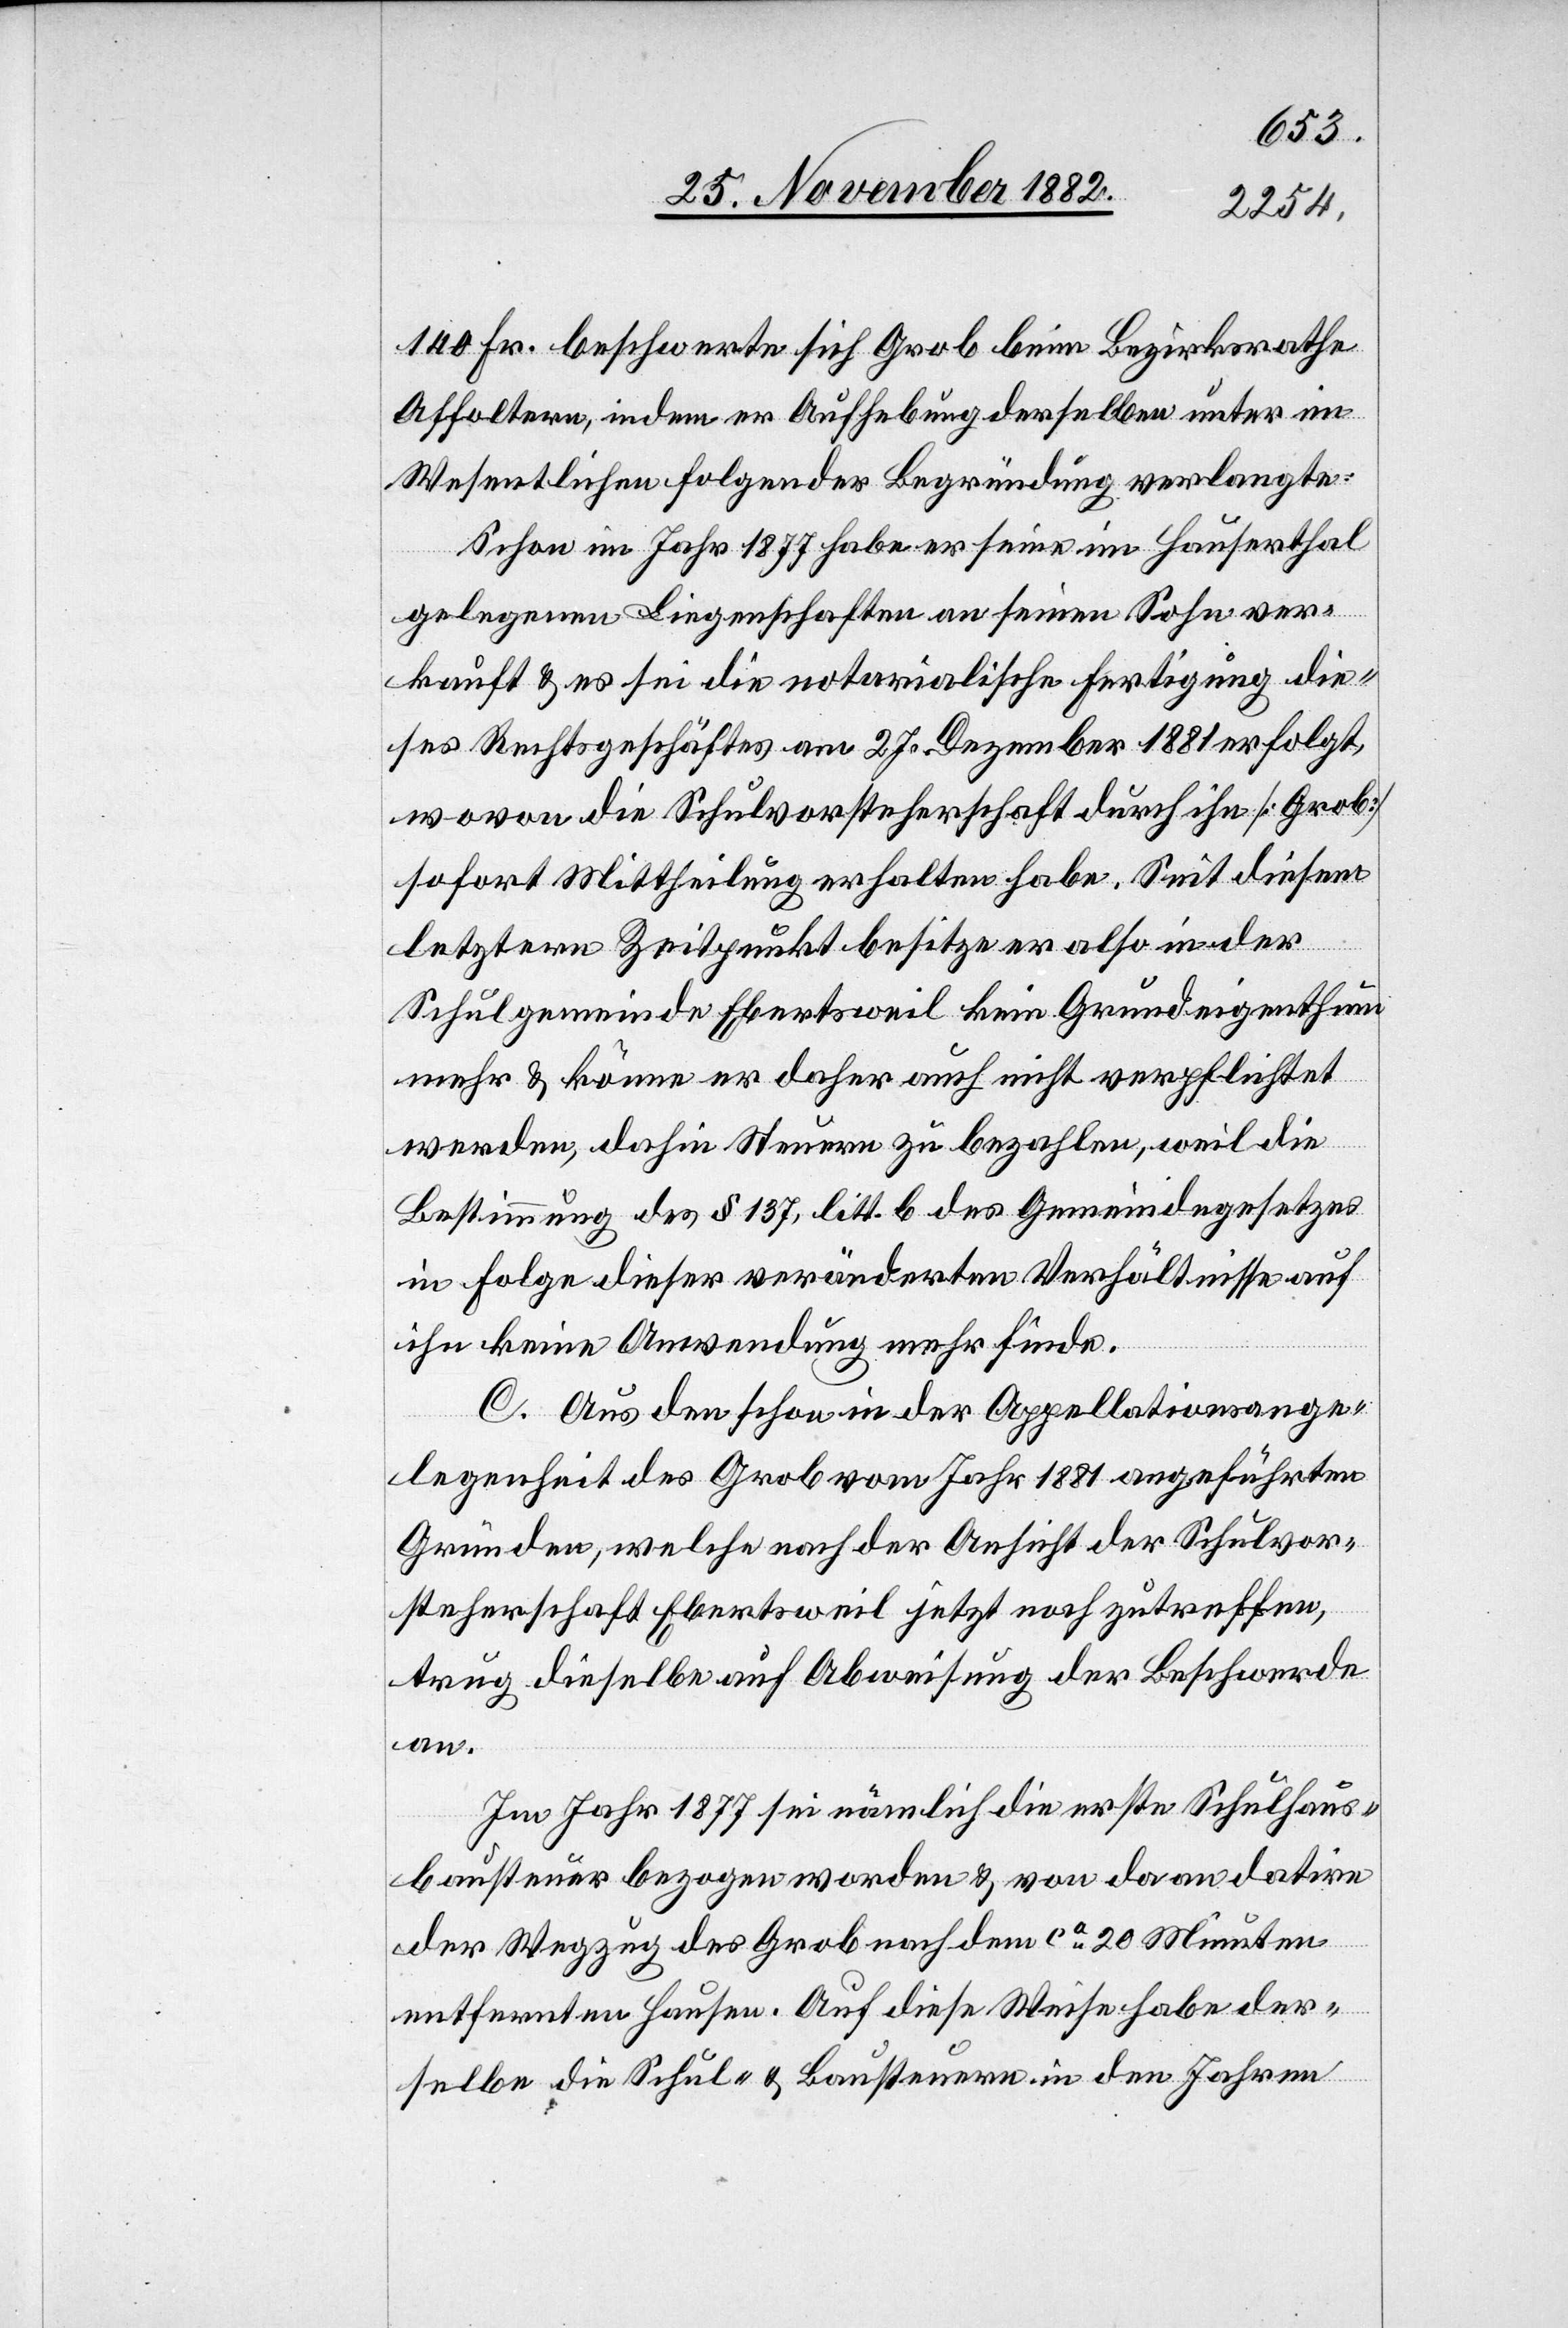
140 Fr. beschwerte sich Grob beim Bezirksrathe
Affoltern, indem er Aufhebung derselben unter im
Wesentlichen folgender Begründung verlangte:
Schon im Jahr 1877 habe er seine im Hauserthal
gelegenen Liegenschaften an seinen Sohn ver¬
kauft & es sei die notarialische Fertigung die¬
ses Rechtsgeschäftes am 27. Dezember 1881 erfolgt,
wovon die Schulvorsteherschaft durch ihn [Grob]
sofort Mittheilung erhalten habe. Seit diesem
letztern Zeitpunkt besitze er also in der
Schulgemeinde Ebertsweil kein Grundeigenthum
mehr & könne er daher auch nicht verpflichtet
werden, dahin Steuern zu bezahlen, weil die
Bestimmung des § 137, litt. b des Gemeindegesetzes
in Folge dieser veränderten Verhältnisse auf
ihn keine Anwendung mehr finde.
C. Aus den schon in der Appellationsange¬
legenheit des Grob vom Jahr 1881 angeführten
Gründen, welche nach der Ansicht der Schulvor¬
steherschaft Ebertsweil jetzt noch zutreffen,
trug dieselbe auf Abweisung der Beschwerde
an.
Im Jahr 1877 sei nämlich die erste Schulhaus¬
bausteuer bezogen worden & von da an datire
der Wegzug des Grob nach dem ca 20 Minuten
entfernten Hausen. Auf diese Weise habe der¬
selbe die Schul- & Bausteuern in den Jahren